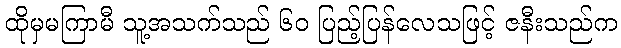
ထိုမှမကြာမီ သူ့အသက်သည် ၆၀ ပြည့်ပြန်လေသဖြင့် ဇနီးသည်က